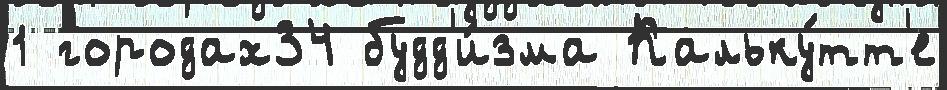
1 городах34 будд'и́зма Кальку́тт'е